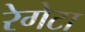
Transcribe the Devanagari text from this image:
रेगेटा